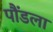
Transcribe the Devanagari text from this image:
पौंडला